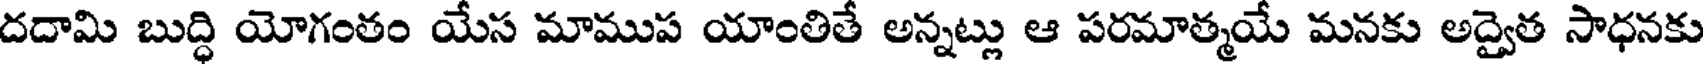
దదామి బుద్ధి యోగంతం యేస మాముప యాంతితే అన్నట్లు ఆ పరమాత్మయే మనకు అద్వైత సాధనకు